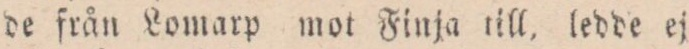
de från Lomarp mot Finja till, ledde ej